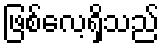
ဖြစ်လေ့ရှိသည်